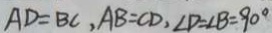
A D = B C , A B = C D , \angle D = \angle B = 9 0 ^ { \circ }